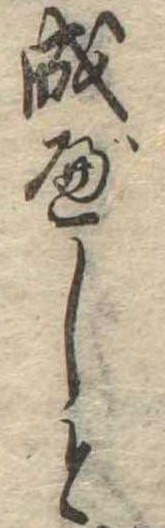
成べしと